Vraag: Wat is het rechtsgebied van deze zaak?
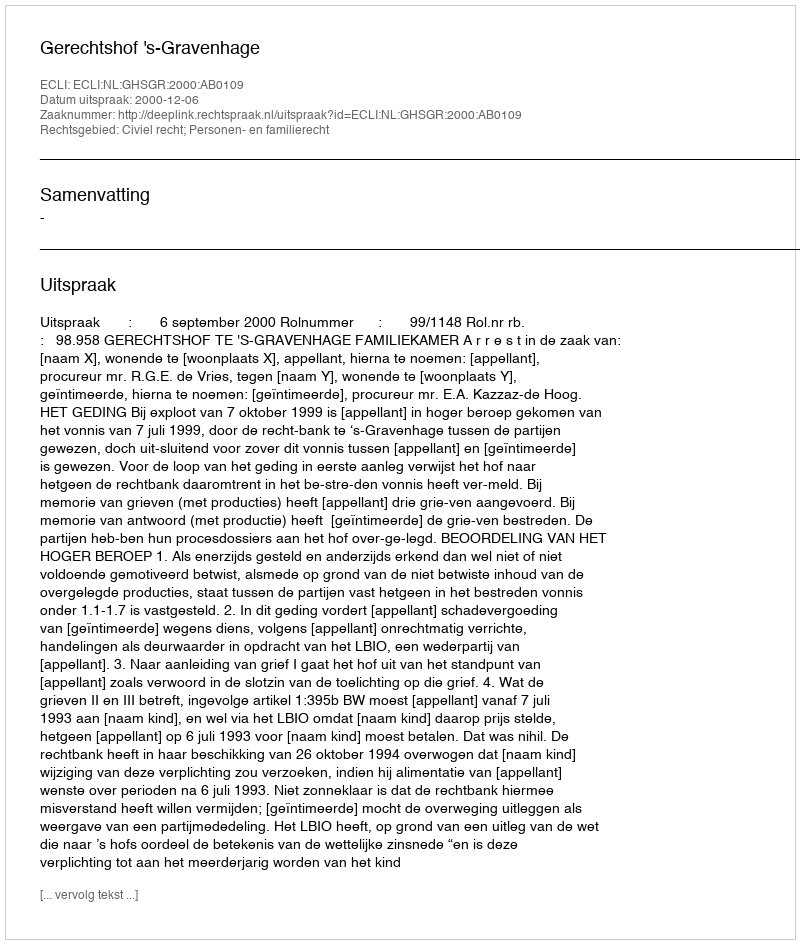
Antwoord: Civiel recht; Personen- en familierecht